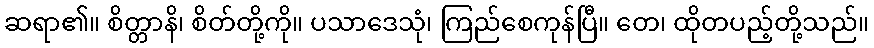
ဆရာ၏။ စိတ္တာနိ၊ စိတ်တို့ကို။ ပသာဒေသုံ၊ ကြည်စေကုန်ပြီ။ တေ၊ ထိုတပည့်တို့သည်။